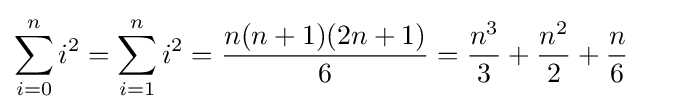
\sum _{i=0}^{n}i^{2}=\sum _{i=1}^{n}i^{2}={\frac {n(n+1)(2n+1)}{6}}={\frac {n^{3}}{3}}+{\frac {n^{2}}{2}}+{\frac {n}{6}}\qquad